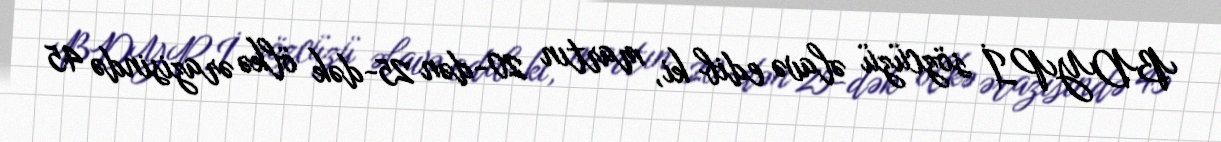
BDYPİ sözcüzü əlavə edib ki, martın 20-dən 25-dək ölkə ərazisində 45